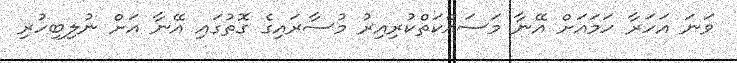
ވަނަ އަހަރާ ހަމައަށް އޭނާ މަސައްކަތްކުރިއިރު މުސާރައިގެ ގޮތުގައި އޭނާ އަށް ނުލިބިހުރި